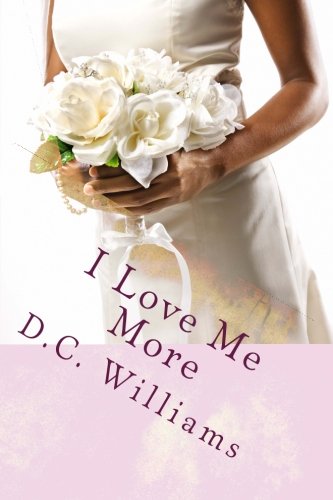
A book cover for I Love Me More (Volume 2); D.C. Williams; Romance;